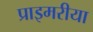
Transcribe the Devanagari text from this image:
प्राइमरीया